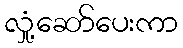
လှုံ့ဆော်ပေးကာ